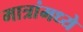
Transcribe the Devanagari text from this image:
मात्रांमध्ये